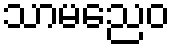
သာမညေဝ